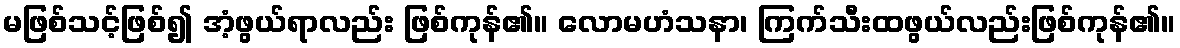
မဖြစ်သင့်ဖြစ်၍ အံ့ဖွယ်ရာလည်း ဖြစ်ကုန်၏။ လောမဟံသနာ၊ ကြက်သီးထဖွယ်လည်းဖြစ်ကုန်၏။